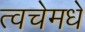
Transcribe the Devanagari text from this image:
त्वचेमधे